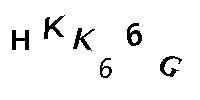
HKK66G